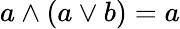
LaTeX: a\wedge(a\vee b)=a